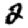
Digit: 2